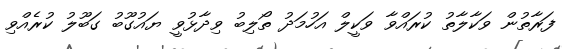
ފަރާތުން ވަކާލާތު ކުރައްވާ ވަކީލް އަހުމަދު ތޯލިބު ވިދާޅުވީ ޔައުގޫބު ގަބޫލު ކުރެއްވި